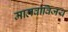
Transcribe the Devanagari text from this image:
मालवाविजय